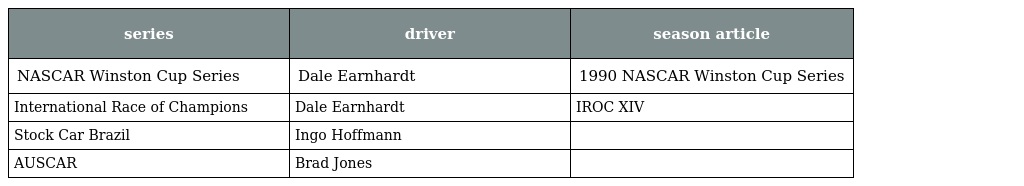
| series | driver | season article |
 | --- | --- | --- |
 | NASCAR Winston Cup Series | Dale Earnhardt | 1990 NASCAR Winston Cup Series |
 | International Race of Champions | Dale Earnhardt | IROC XIV |
 | Stock Car Brazil | Ingo Hoffmann |  |
 | AUSCAR | Brad Jones |  |